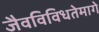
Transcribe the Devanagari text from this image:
जैवविविधतेमागे